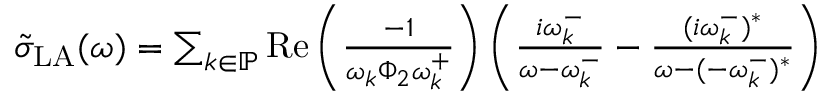
\begin{array} { r } { \tilde { \sigma } _ { \mathrm { L A } } ( \omega ) = \sum _ { k \in \mathbb { P } } \operatorname { R e } \left( \frac { - 1 } { \omega _ { k } \Phi _ { 2 } \omega _ { k } ^ { + } } \right) \left( \frac { i \omega _ { k } ^ { - } } { \omega - \omega _ { k } ^ { - } } - \frac { ( i \omega _ { k } ^ { - } ) ^ { * } } { \omega - ( - \omega _ { k } ^ { - } ) ^ { * } } \right) } \end{array}